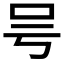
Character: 𠮲